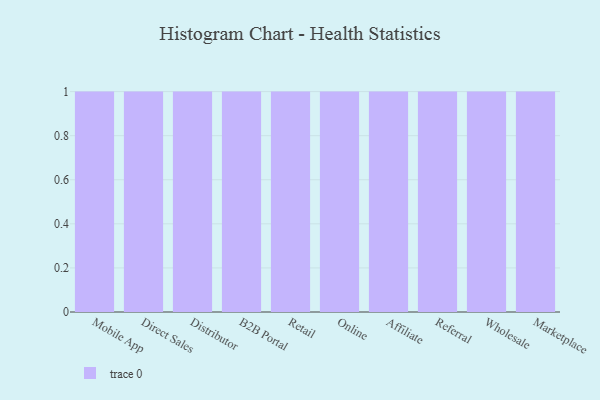
{"axis": {"x": "Channel", "y": "Active Users"}, "legend": [""], "data": [{"x": "Mobile App", "y": 21, "type": ""}, {"x": "Direct Sales", "y": 82, "type": ""}, {"x": "Distributor", "y": 93, "type": ""}, {"x": "B2B Portal", "y": 85, "type": ""}, {"x": "Retail", "y": 24, "type": ""}, {"x": "Online", "y": 41, "type": ""}, {"x": "Affiliate", "y": 19, "type": ""}, {"x": "Referral", "y": 11, "type": ""}, {"x": "Wholesale", "y": 94, "type": ""}, {"x": "Marketplace", "y": 17, "type": ""}]}